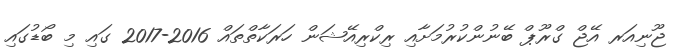
ޖޫނިއަރ އޭޖް ގްރޫޕް ބޭނުންކުރުމަށާއި ރިކްރިއޭޝަން ހަރަކާތްތައް 2016-2017 ގައި މި ބޯޑުގައި